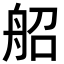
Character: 𦨣